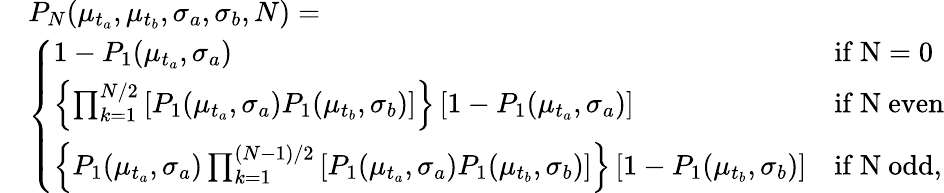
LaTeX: \begin{array}{rl}&{P_{N}(\mu_{t_{a}},\mu_{t_{b}},\sigma_{a},\sigma_{b},N)=}\\ &{\left\{ \begin{array}{lll}{1-P_{1}(\mu_{t_{a}},\sigma_{a})}&{\mathrm{if~N=0~}}\\ {\left\{ \prod_{k=1}^{N/2}\left[P_{1}(\mu_{t_{a}},\sigma_{a})P_{1}(\mu_{t_{b}},\sigma_{b})\right]\right\} \left[1-P_{1}(\mu_{t_{a}},\sigma_{a})\right]}&{\mathrm{if~N~even}}\\ {\left\{ P_{1}(\mu_{t_{a}},\sigma_{a})\prod_{k=1}^{(N-1)/2}\left[P_{1}(\mu_{t_{a}},\sigma_{a})P_{1}(\mu_{t_{b}},\sigma_{b})\right]\right\} \left[1-P_{1}(\mu_{t_{b}},\sigma_{b})\right]}&{\mathrm{if~N~odd},}\end{array}\right.}\end{array}